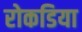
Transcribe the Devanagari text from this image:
रोकडिया